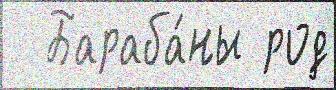
  Бараба́ны род